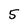
Character: 5